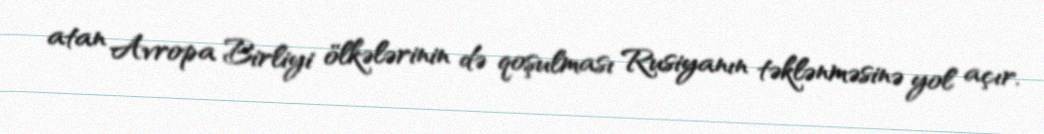
atan Avropa Birliyi ölkələrinin də qoşulması Rusiyanın təklənməsinə yol açır.